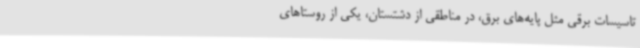
تاسیسات برقی مثل پایه‌های برق، در مناطقی از دشتستان، یکی از روستاهای